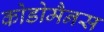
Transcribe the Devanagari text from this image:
कोडोमैनस